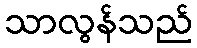
သာလွန်သည်